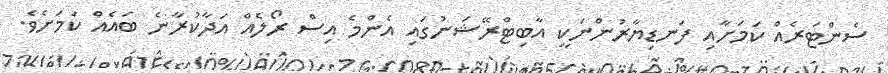
ސެންޓަރެއް ކަމަށާއިި ފަނޑިޔާރުންނަކީ އާބިޓްރޭޝަނުގައި އެންމެ އިސް ރޯލެއް އަދާކުރާނެ ބައެއް ކަމަށެވެ.